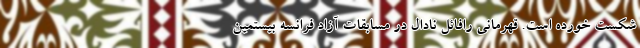
شکست خورده است. قهرمانی رافائل نادال در مسابقات آزاد فرانسه بیستمین